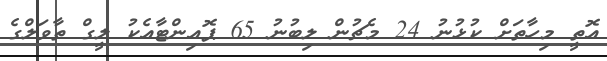
އޮތީ މިހާތަށް ކުޅުނު 24 މެޗުން ލިބުނު 65 ޕޮއިންޓާއެކު ލީގް ތާވަލްގެ